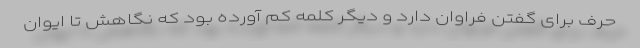
حرف برای گفتن فراوان دارد و دیگر کلمه کم آورده بود که نگاهش تا ایوان